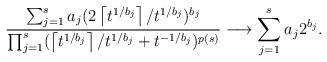
LaTeX: \begin{align*}\frac{\sum_{j=1}^s a_j (2\left\lceil t^{1/b_j}\right\rceil/t^{1/b_j})^{b_j}}{\prod_{j=1}^s (\left\lceil t^{1/b_j}\right\rceil /t^{1/b_j}+t^{-1/b_j})^{p(s)}}\longrightarrow \sum_{j=1}^s a_j 2^{b_j}.\end{align*}